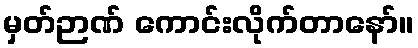
မှတ်ဉာဏ် ကောင်းလိုက်တာနော်။